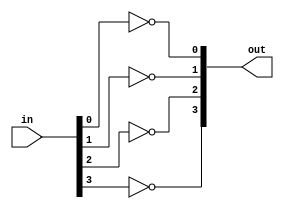
module not_4(out,in);
	input[3:0] in;
	output[3:0] out;
	not not1(out[0],in[0]);
	not not2(out[1],in[1]);
	not not3(out[2],in[2]);
	not not4(out[3],in[3]);
endmodule